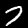
Label: 7